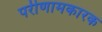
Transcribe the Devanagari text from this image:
परीणामकारक